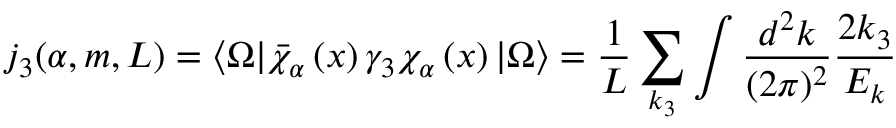
j _ { 3 } ( \alpha , m , L ) = \langle \Omega | \bar { \chi } _ { \alpha } \left( x \right) \gamma _ { 3 } \chi _ { \alpha } \left( x \right) | \Omega \rangle = \frac { 1 } { L } \sum _ { k _ { 3 } } \int \frac { d ^ { 2 } k } { ( 2 \pi ) ^ { 2 } } \frac { 2 k _ { 3 } } { E _ { k } }